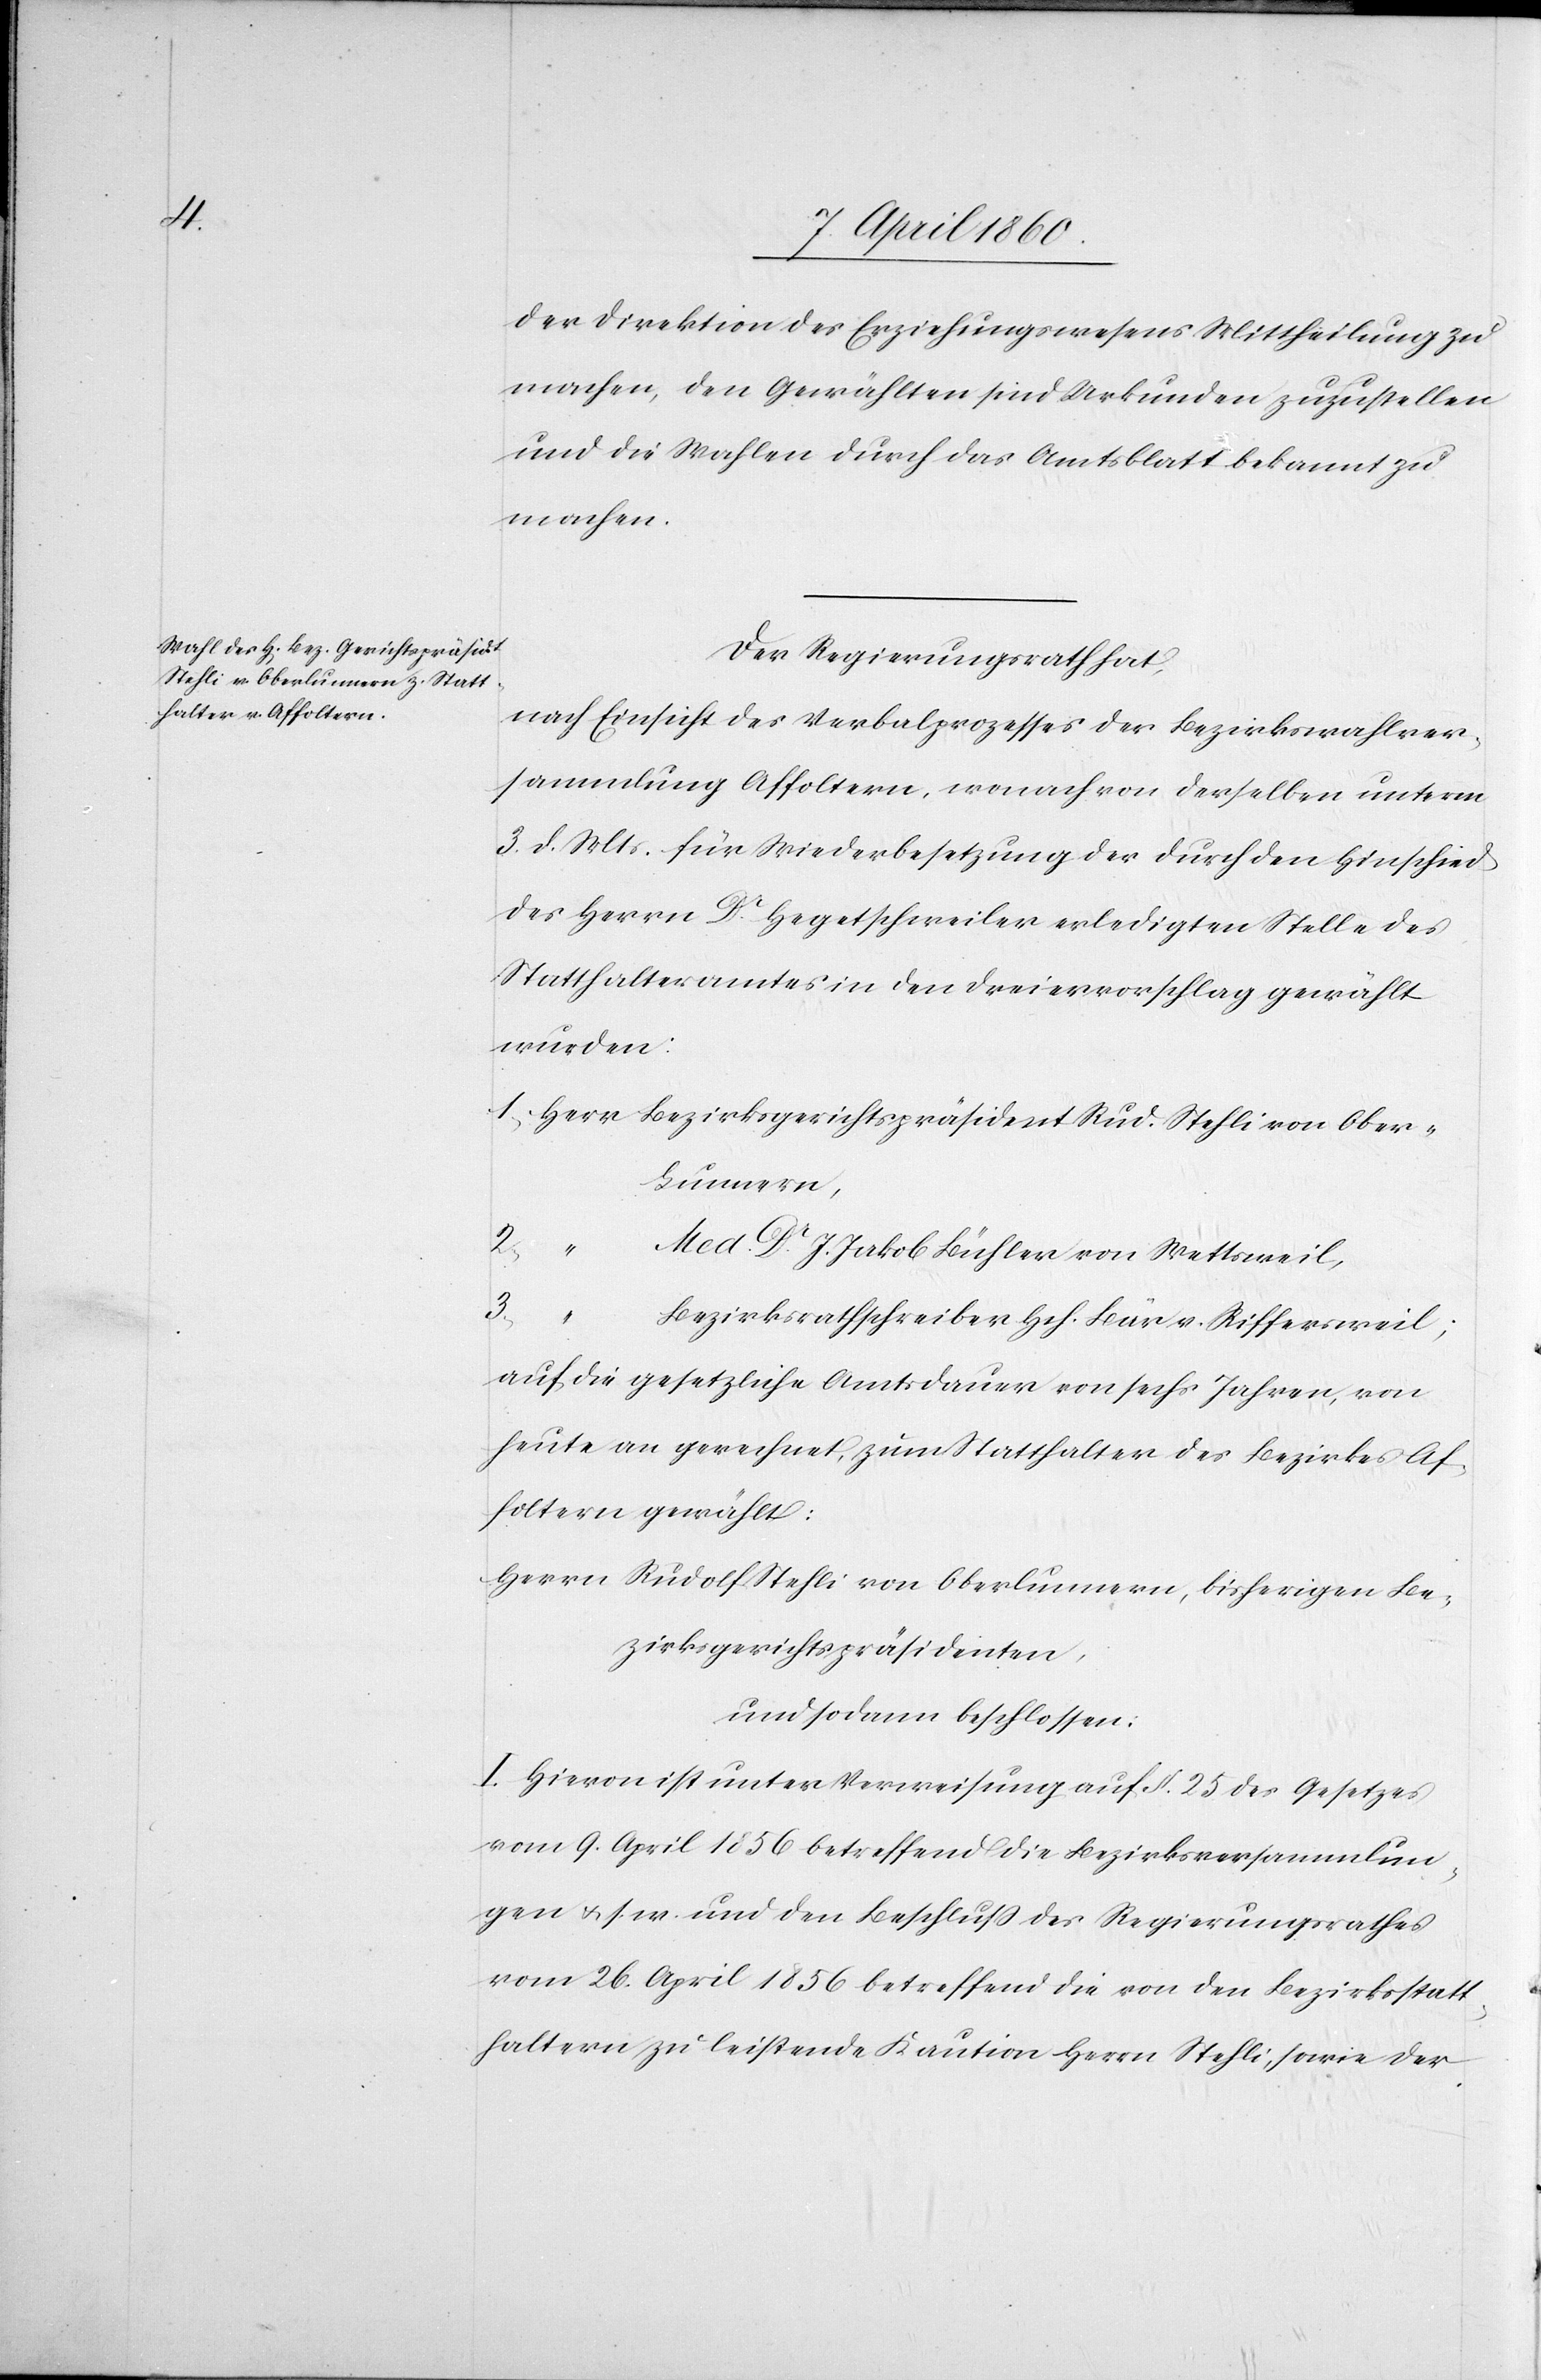
der Direktion des Erziehungswesens Mittheilung zu
machen, den Gewählten sind Urkunden zuzustellen
und die Wahlen durch das Amtsblatt bekannt zu
machen.
Der Regierungsrath hat:
nach Einsicht des Verbalprozesses der Bezirkswahlver¬
sammlung Affoltern, wonach von derselben unterm
3. d. Mts. für Wiederbesetzung der durch den Hinschied
des Herrn Dr Hegetschweiler erledigten Stelle des
Statthalteramtes in den Dreiervorschlag gewählt
wurden:
unnern,
Med. Dr J. Jakob Bühler von Wettsweil,
3.
von Ober-L¬
Bezirksrathschreiber Hch. Bär v. Riffersweil.
auf die gesetzliche Amtsdauer von sechs Jahren, von
heute an gerechnet, zum Statthalter des Bezirkes Af¬
foltern gewählt:
Herrn Rudolf Stehli von Oberlunnern, bisherigen Be¬
zirksgerichtspräsidenten,
und sodann beschlossen:
I. Hievon ist unter Verweisung auf §. 25. des Gesetzes
vom 9. April 1856 betreffend die Bezirksversammlun¬
gen u. s. w. und den Beschluss des Regierungsrathes
vom 26. April 1856 betreffend die von den Bezirksstatt¬
haltern zu leistende Kaution Herrn Stehli, sowie der